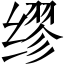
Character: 缪